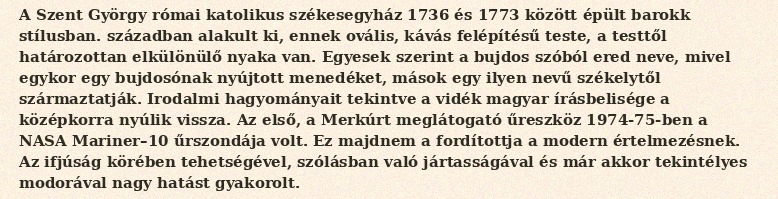
A Szent György római katolikus székesegyház 1736 és 1773 között épült barokk stílusban. században alakult ki, ennek ovális, kávás felépítésű teste, a testtől határozottan elkülönülő nyaka van. Egyesek szerint a bujdos szóból ered neve, mivel egykor egy bujdosónak nyújtott menedéket, mások egy ilyen nevű székelytől származtatják. Irodalmi hagyományait tekintve a vidék magyar írásbelisége a középkorra nyúlik vissza. Az első, a Merkúrt meglátogató űreszköz 1974-75-ben a NASA Mariner–10 űrszondája volt. Ez majdnem a fordítottja a modern értelmezésnek. Az ifjúság körében tehetségével, szólásban való jártasságával és már akkor tekintélyes modorával nagy hatást gyakorolt.